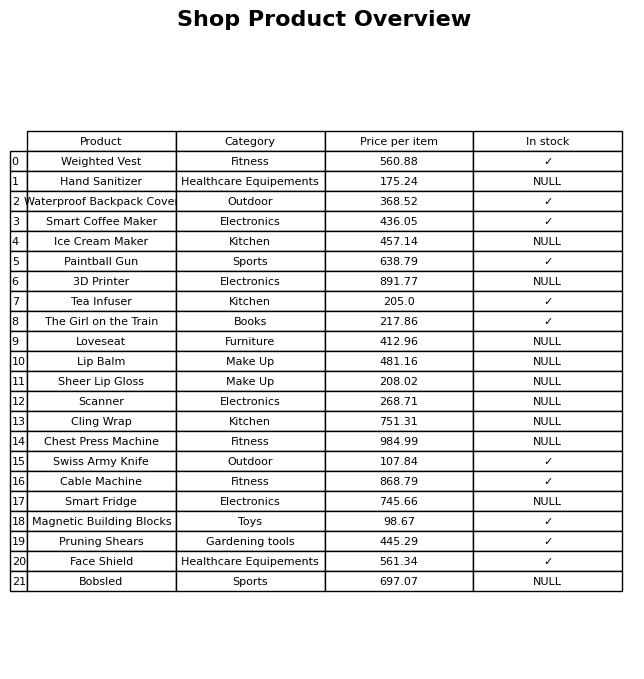
question: Is the Face Shield in stock?
answer: ✓